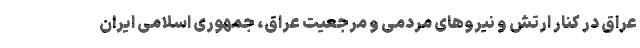
عراق در کنار ارتش و نیروهای مردمی و مرجعیت عراق، جمهوری اسلامی ایران